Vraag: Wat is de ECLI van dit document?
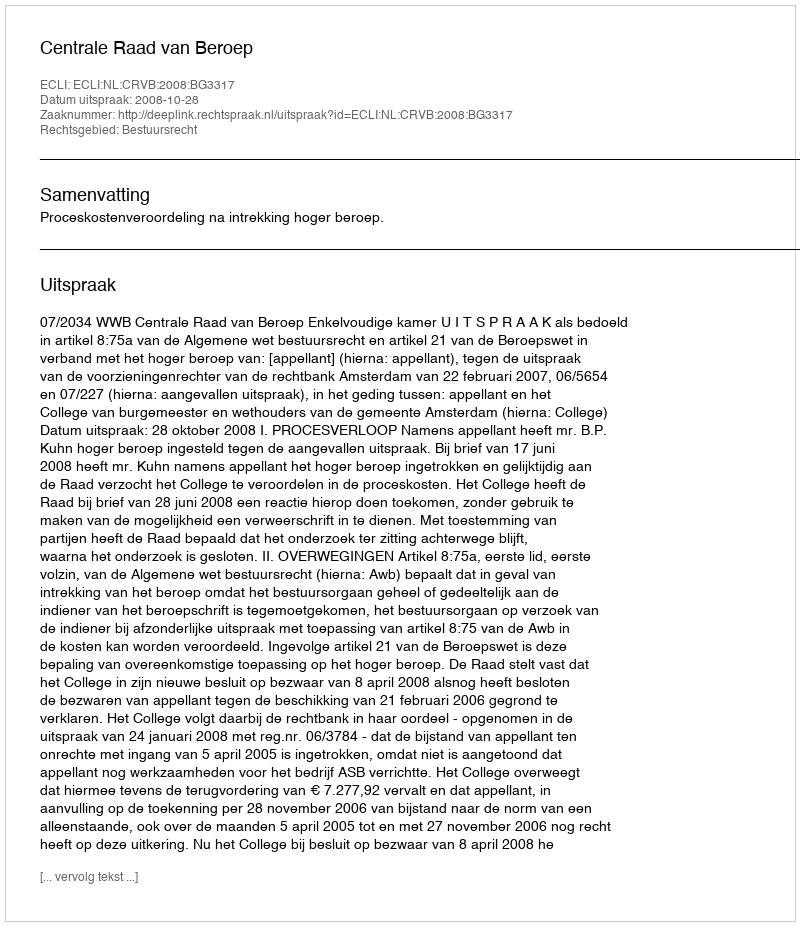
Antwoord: ECLI:NL:CRVB:2008:BG3317